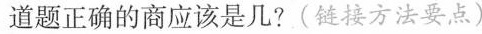
道题正确的商应该是几?(链接方法要点)